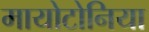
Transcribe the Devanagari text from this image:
मायोटोनिया